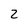
Character: 2